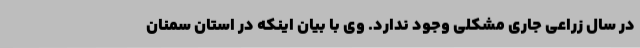
در سال زراعی جاری مشکلی وجود ندارد. وی با بیان اینکه در استان سمنان